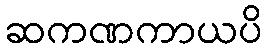
ဆကဏကာယပိ